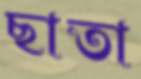
ছাতা